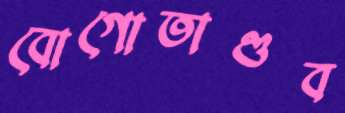
বোগোতাণ্ডব